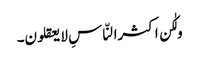
ولٰکن اکثرالنّاسِ لا یعقلون۔